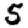
Digit: 5